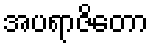
အပရာဇိတော